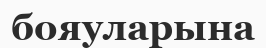
бояуларына